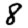
Digit: 8